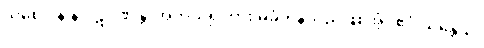
သစေ ပန န ပဋိဂ္ဂဏှန္တိ၊ အကယ်၍ကား မခံကုန်သည်ဖြစ်အံ့။ ဧဝံ သန္တေသု၊